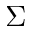
\Sigma